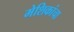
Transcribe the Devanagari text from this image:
मेशिकांचा